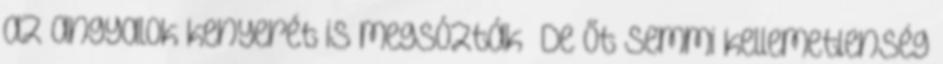
az angyalok kenyerét is megsózták” De őt semmi kellemetlenség